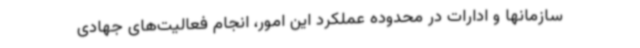
سازمانها و ادارات در محدوده عملکرد این امور، انجام فعالیت‌های جهادی